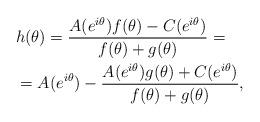
LaTeX: \begin{align*} &h(\theta)=\frac{A(e^{i\theta})f(\theta)-C(e^{i\theta})}{f(\theta)+g(\theta)}=\\&=A(e^{i\theta})-\frac{A(e^{i\theta})g(\theta)+C(e^{i\theta})}{f(\theta)+g(\theta)}, \end{align*}